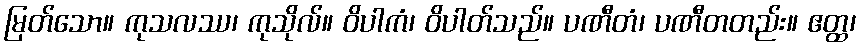
မြတ်သော။ ကုသလဿ၊ ကုသိုလ်။ ဝိပါကံ၊ ဝိပါတ်သည်။ ပဏီတံ၊ ပဏီတတည်း။ ဧတ္ထ၊